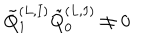
\tilde { Q } _ { 1 } ^ { ( L , I ) } \tilde { Q } _ { 0 } ^ { ( L , I ) } \neq 0 \,